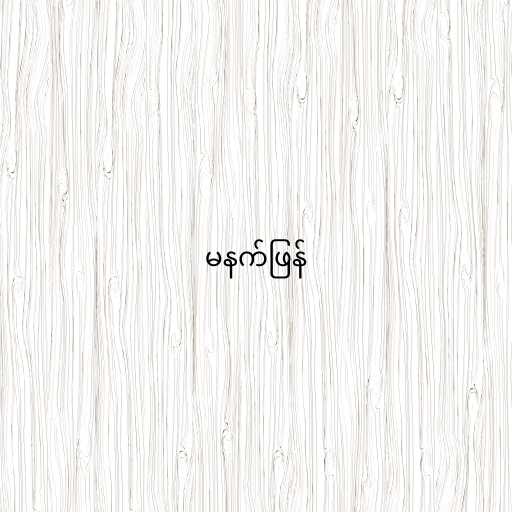
မနက်ဖြန်